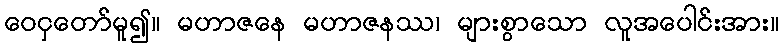
ဝေငှတော်မူ၍။ မဟာဇနေ မဟာဇနဿ၊ များစွာသော လူအပေါင်းအား။